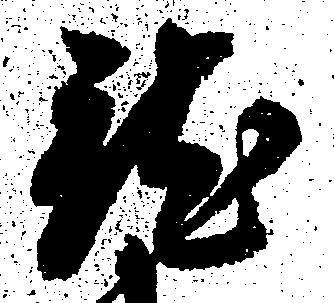
就